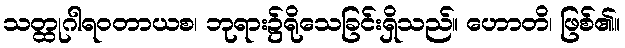
သတ္ထုဂါရဝတာယစ၊ ဘုရား၌ရိုသေခြင်းရှိသည်။ ဟောတိ၊ ဖြစ်၏။